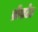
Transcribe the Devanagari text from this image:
ब्रोंसटेड